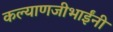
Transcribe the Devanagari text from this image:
कल्याणजीभाईंनी